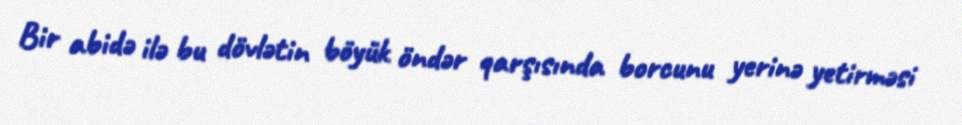
Bir abidə ilə bu dövlətin böyük öndər qarşısında borcunu yerinə yetirməsi